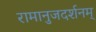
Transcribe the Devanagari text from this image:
रामानुजदर्शनम्